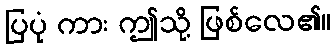
ပြပုံ ကား ဤသို့ ဖြစ်လေ၏။